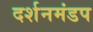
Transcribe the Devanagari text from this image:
दर्शनमंडप